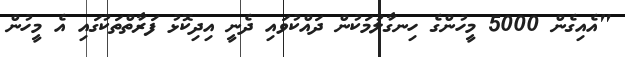
"އެއިގެން 5000 މީހުންގެ ހިނގާލުމަކުން ދައްކުވައި ދެނީ އިދިކޮޅު ފަރާތްތަކުގައި އެ މީހުން